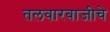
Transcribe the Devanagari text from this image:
तलवारबाजीचे